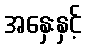
အနှေးနှင့်